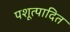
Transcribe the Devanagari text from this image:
पशूत्पादित